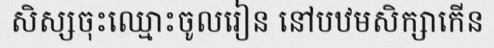
សិស្សចុះឈ្មោះចូលរៀន នៅបឋមសិក្សាកើន